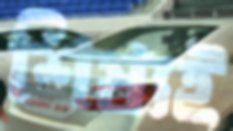
শিষ্যই